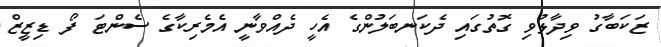
ޒަކަބާގު ވިދާޅުވި ގޮތުގައި ދެކަނބަލުންގެ އެހީ ދެއްވާނީ އެމެރިކާގެ ސެންޓަ ފޯ ޑިޒީޒް